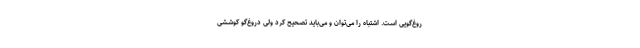
روغ‌گویی است. اشتباه را می‌توان و می‌باید تصحیح کرد ولی دروغ‌گو کوششی